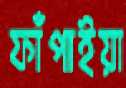
ফাঁপাইয়া